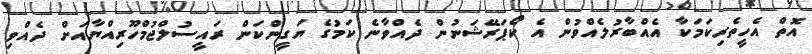
އޮތް އެހީތެރިކަމަކާ އެއްބާރުލެއްވުން އެ ކޯޕަރޭޝަނުން ދެއްވާނެ ކަމުގެ ޔަގީންކަން ރައީސުލްޖުމްހޫރިއްޔާއަށް ދެއްވި